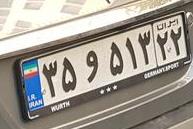
۳۵و۵۱۳۲۲